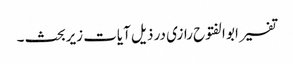
تفسیر ابو الفتوح رازی در ذیل آیات زیربحث ۔